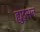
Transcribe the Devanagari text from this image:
ह्युट्सन